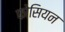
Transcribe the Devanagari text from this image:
फोसियन